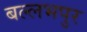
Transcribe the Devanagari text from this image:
बल्लभपुर